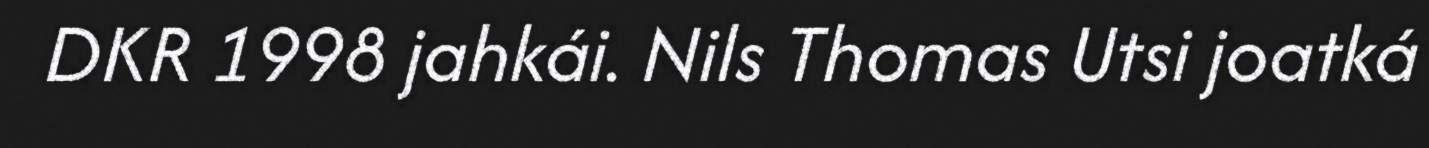
DKR 1998 jahkái. Nils Thomas Utsi joatká